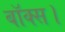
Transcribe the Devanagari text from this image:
बॉक्स।